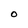
Character: O